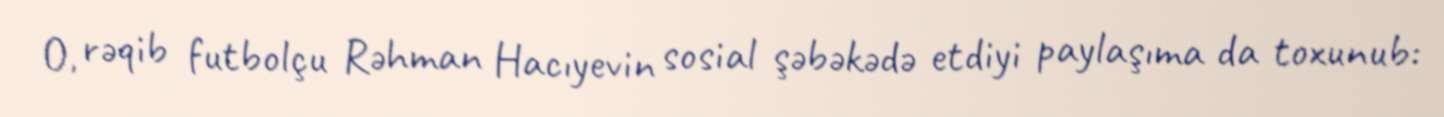
O, rəqib futbolçu Rəhman Hacıyevin sosial şəbəkədə etdiyi paylaşıma da toxunub: